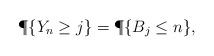
LaTeX: \begin{align*}\P\{Y_n\ge j\}=\P\{B_j\le n\},\end{align*}